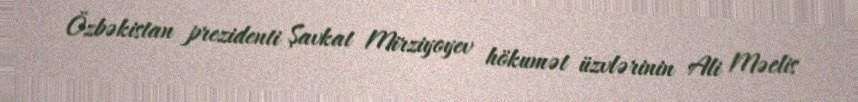
Özbəkistan prezidenti Şavkat Mirziyoyev hökumət üzvlərinin Ali Məclis